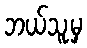
ဘယ်သူ့မှ